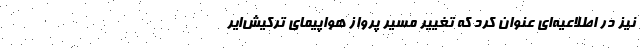
نیز در اطلاعیه‌ای عنوان کرد که تغییر مسیر پرواز هواپیمای ترکیش‌ایر